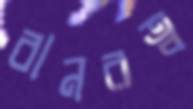
বানরত্ব